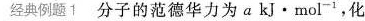
经典例题1分子的范德华力为a kj · mol^{-1}，化